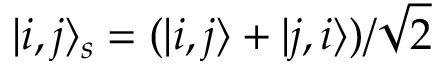
| i , j \rangle _ { s } = ( | i , j \rangle + | j , i \rangle ) / \sqrt { 2 }